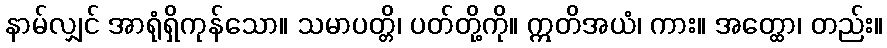
နာမ်လျှင် အာရုံရှိကုန်သော။ သမာပတ္တိ၊ ပတ်တို့ကို။ ဣတိအယံ၊ ကား။ အတ္ထော၊ တည်း။